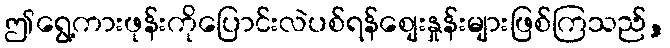
ဤရွေ့ကားဖုန်းကိုပြောင်းလဲပစ်ရန်စျေးနှုန်းများဖြစ်ကြသည်,